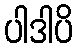
ပါဒါပိ